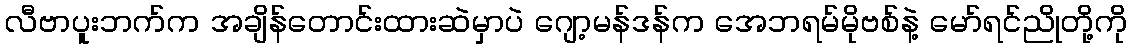
လီဗာပူးဘက်က အချိန်တောင်းထားဆဲမှာပဲ ဂျော့မန်ဒန်က အေဘရမ်မိုဗစ်နဲ့ မော်ရင်ညိုတို့ကို